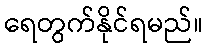
ရေတွက်နိုင်ရမည်။